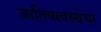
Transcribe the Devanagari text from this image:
जातिव्यवस्थेचा